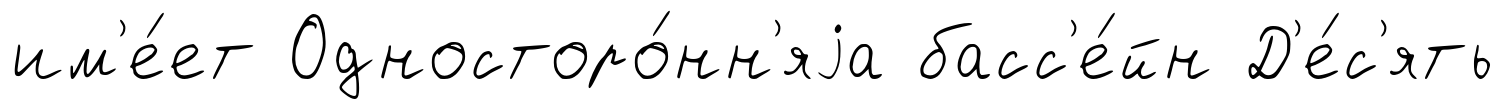
им'е́ет Односторо́нн'яjа басс'е́йн Д'е́с'ять